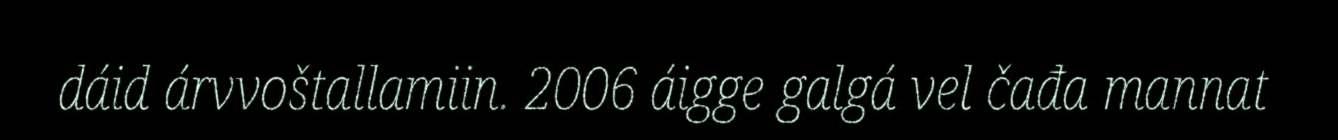
dáid árvvoštallamiin. 2006 áigge galgá vel čađa mannat